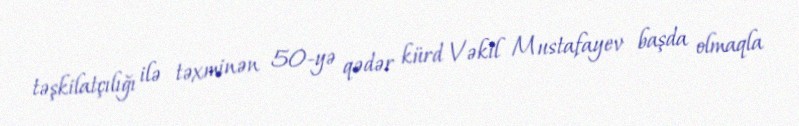
təşkilatçılığı ilə təxminən 50-yə qədər kürd Vəkil Mustafayev başda olmaqla